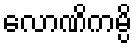
လောဏိကမ္ပိ